Annual report of the Civil Veterinary Department, Bengal, for the year 1897-98 - 1897-1898
Year: 1897
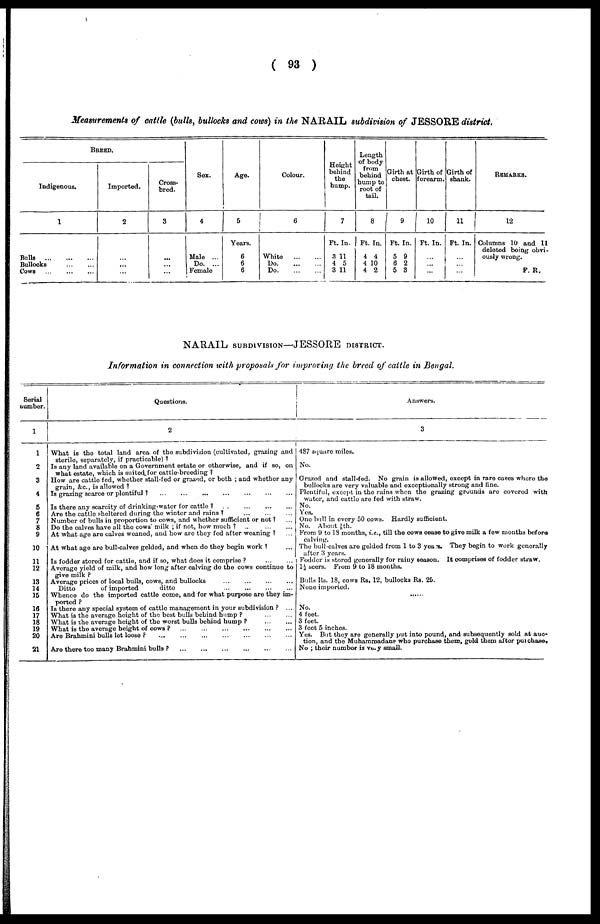
(93)
Measurements of cattle (bulls, bullocks and cows) in the NARAIL subdivision of JESSORE district.
BREED.
Indigenous.
1
Bulls
...
...
...
Bullocks
...
...
Cows
...
...
...
Imported.
2
... ...
... ...
... ...
Cross-
bred.
3
...
...
...
Sex.
4
Male ...
Do. ...
Female
Age.
5
Years.
6
6
6
Colour.
6
White
...
...
Do.
...
...
Do.
...
...
Height
behind
the
hump.
7
Ft.
3
4
3
In.
11
5
11
Length
of body
from
behind
hump to
root of
tail.
8
Ft.
4
4
4
In.
4
10
2
Girth at
chest.
9
Ft.
5
6
5
In.
9
2
3
Girth of
forearm.
10
Ft.
...
..
...
In.
.
Girth of
shank.
11
Ft.
...
...
...
In.
REMARKS.
12
Columns 10 and 11
deleted being obvi-
ously wrong.
F. R.
NARAIL SUBDIVISION—JESSORE DISTRICT.
Information in connection with proposals for improving the breed of cattle in Bengal.
Serial
number.
1
1
2
3
4
5
6
7
8
9
10
11
12
13
14
15
16
17
18
19
20
21
Questions.
2
What is the total land area of the subdivision (cultivated, grazing and
sterile, separately, if practicable)?
Is any land available on a Government estate or otherwise, and if so, on
what estate, which is suited for cattle-breeding?
How are cattle fed, whether stall-fed or grazed, or both; and whether any
grain, &c, is allowed?
Is grazing scarce or plentiful?
...
...
...
...
...
...
...
Is there any scarcity of drinking-water for cattle? ... ... ... ...
Are the cattle sheltered during the winter and rains?
...
...
...
Number of bulls in proportion to cows, and whether sufficient or not? ...
Do the calves have all the cows' milk; if not, how much?
...
...
...
At what age are calves weaned, and how are they fed after weaning? ... ...
At what age are bull-calves gelded, and when do they begin work? ...
Is fodder stored for cattle, and if so, what does it comprise?
...
...
Average yield of milk, and how long after calving do the cows continue to
give milk?
Average prices of local bulls, cows, and bullocks ... ... ... ...
Ditto
of imported
ditto
...
...
...
...
Whence do the imported cattle come, and for what purpose are they im-
ported?
Is there any special system of cattle management in your subdivision? ...
What is the average height of the best bulls behind hump?
...
...
What is the average height of the worst bulls behind hump? ... ...
What is the average height of cows?
...
...
...
...
...
...
Are Brahmini bulls let loose?
...
...
...
...
...
...
Are there too many Brahmini bulls?
...
...
...
...
...
...
Answers.
3
487 square miles.
No.
Grazed and stall-fed. No grain is allowed, except in rare cases where the
bullocks are very valuable and exceptionally strong and fine.
Plentiful, except in the rains when the grazing grounds are covered with
water, and cattle are fed with straw.
No.
Yes.
One bull in every 50 cows. Hardly sufficient.
No. About 1/8th.
From 9 to 18 months, i.e., till the cows cease to give milk a few months before
calving.
The bull-calves are gelded from 1 to 3 years. They begin to work generally
after 3 years.
Fodder is stored generally for rainy season. It comprises of fodder straw.
1½ seers. From 9 to 18 months.
Bulls Rs. 18, cows Rs. 12, bullocks Rs. 25.
None imported.
......
No.
4 feet.
3 feet.
3 feet 5 inches.
Yes. But they are generally put into pound, and subsequently sold at auc-
tion, and the Muhammadans who purchase them, geld them after purchase.
No; their number is very small.